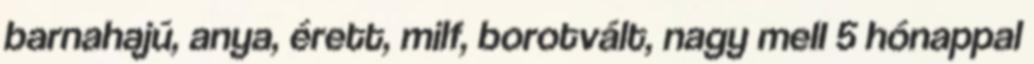
barnahajú, anya, érett, milf, borotvált, nagy mell 5 hónappal